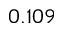
0 . 1 0 9